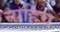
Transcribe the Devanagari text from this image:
नाहिच